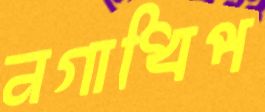
নগাধিপ